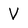
Character: V